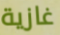
غازية